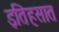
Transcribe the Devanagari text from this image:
इतिहसात